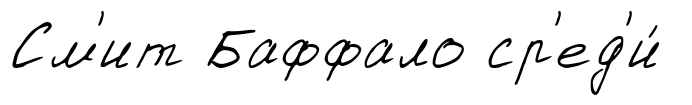
См'ит Баффало ср'ед'и́